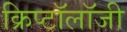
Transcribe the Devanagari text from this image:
क्रिप्टॉलॉजी